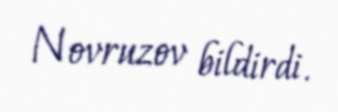
Novruzov bildirdi.